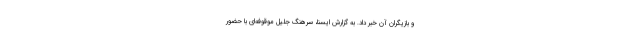
و بازیگران آن خبر داد. به گزارش ایسنا، سرهنگ جلیل موقوفه‌ای با حضور